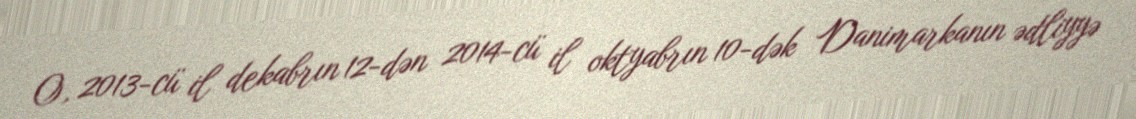
O, 2013-cü il dekabrın 12-dən 2014-cü il oktyabrın 10-dək Danimarkanın ədliyyə